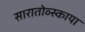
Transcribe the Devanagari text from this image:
सारातोव्स्काया